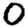
Digit: 0